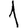
Digit: 1